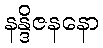
နန္ဒိဇနနော